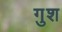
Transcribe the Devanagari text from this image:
गुश